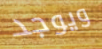
ويوجد